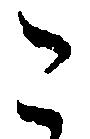
こ